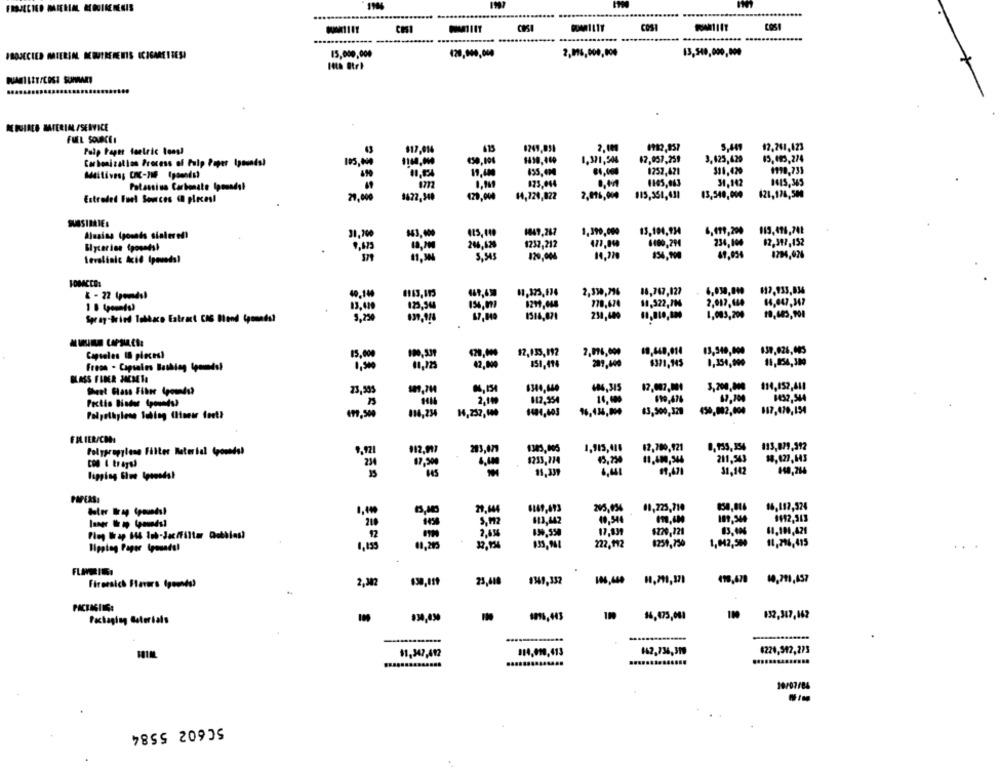
COSI
15,000,000
2,996,000,000
13,540,000,000
IBOJECIED MIEREN NOUTRERENIS ICIGARETTES!
...........
DE PIACE MATERIA /SERVICE
FUEL SOURCE!
12,241,423
Pulp Fager teelric tons!
$17,014
2,100
105,004
1,371,506
12,957,259
3,625,429
Carbonization Process of Pulp Paper 1pounds!
330,420
19.400
1252,421
Patassius Carbonate Ipounds!
173.044
1165,063
31.142
1615,365
Estraded Fuel Somces ( pieces!
29,000
9622,349
429,000
14,729,822
2,096,000
115,351,431
13,540,000
621,174,5M
SUSSIMATES
1849,267
1,390,000
13,194,934
6,199,200
Aluains (pounds sintered)
31,700
843,000
Blyteries (posadsl
9,475
246,620
1237,212
6180,294
234,100
$2.317,152
14,370
1294,026
371
11.30
5,545
120,004
40.144
2,330,396
18,767,127
& - 22 (pomdsl
778,674
2,017,000
64,047,347
9,250
1,083,200
19,445,908
Spray-tried Tobaco Extract CAS Mond (pounds?
Capsales ( piecest
15,000
100,331
$2,135,192
2,096,000
69,440,014
13,348,000
830,026,005
$371,145
1,154,999
11,854,300
Freon . Capsales Bashing Ipoundsl
42,800
151, 414
289,640
BLASS FUMER JACMETA
194,152,610
23,505
484,315
2,100
$12,354
14.480
$99.476
8432,544
Pectin Binder (pounds?
Polyethylene Tubing (linear feet}
1481,40
83,500,329
450,002,000
887,470,154
FRIER/CO:
12,780,921
Polypropylene Filter Material (pounds!
012.917
283,679
1343,005
17.90
$233,714
13,730
11,400,344
211,543
18,627,643
31,142
11,339
$9,471
PAPERS:
29,144
205,056
01,725,710
16,117,524
210
5.12
113,442
40,544
109.344
17,839
$220,721
12
2,636
lipplog Pager (pounds!
1,135
32,934
222,192
1259,750
1,042,500
11,296,415
Firersich Flavors (pounds)
2,382
23,418
#349,352
498,678 10,791,457
PACKAGING:
1096,443
632,347,162
Packaging Boterials
$1,347,412
114.010,413
4220,512,273
19/07/84
50602 5584